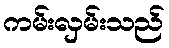
ကမ်းလှမ်းသည်